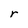
Character: r